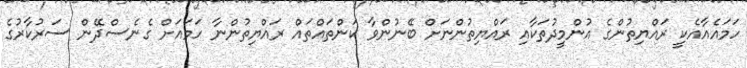
ހަމައެއާއެކީ ރައްޔިތުންގެ އުންމީދުތަކާއި ރައްޔިތުންނަށް ބޭނުންވާ ކަންތައްތައް ރައްޔިތުންނާ ހަމައަށް ގެނެސްދޭން ސަރުކާރުގެ